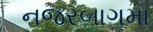
નજરબાગમા